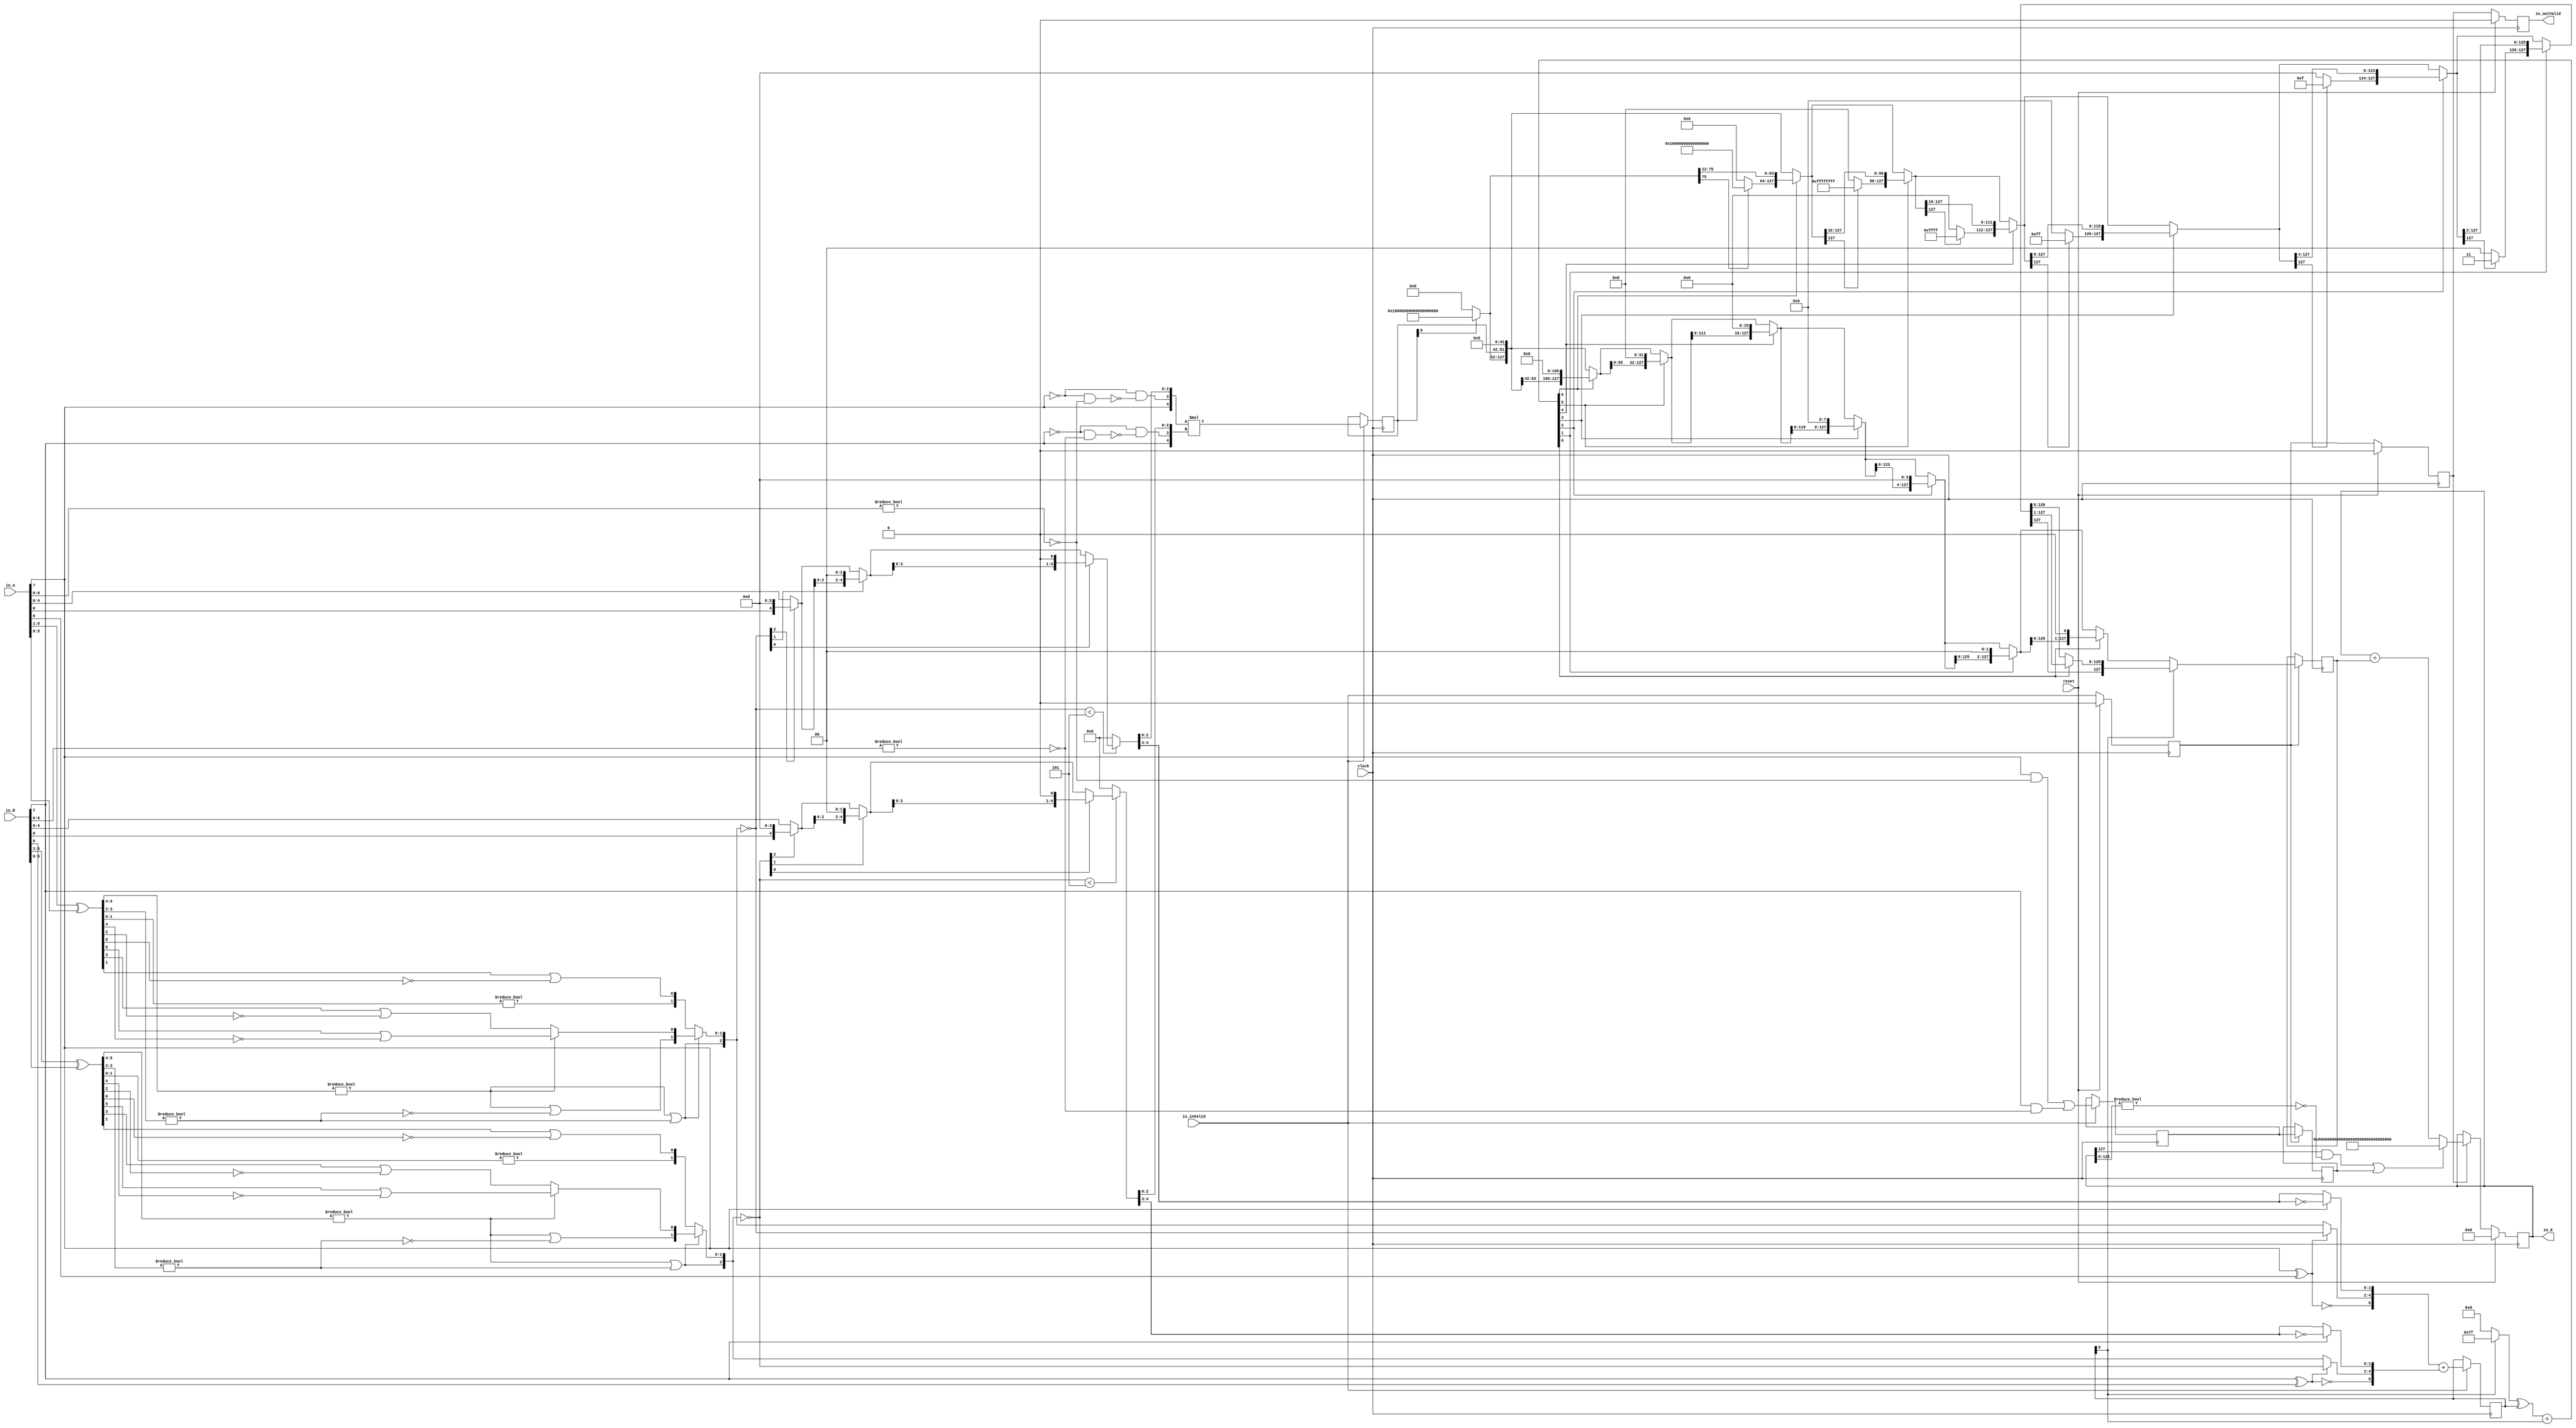
module PositEMA30_8_2(
  input          clock,
  input          reset,
  input          io_inValid,
  input  [7:0]   io_A,
  input  [7:0]   io_B,
  output [127:0] io_E,
  output         io_outValid
);
  wire  _T_1; // @[convert.scala 18:24]
  wire  _T_2; // @[convert.scala 18:40]
  wire  _T_3; // @[convert.scala 18:36]
  wire [5:0] _T_4; // @[convert.scala 19:24]
  wire [5:0] _T_5; // @[convert.scala 19:43]
  wire [5:0] _T_6; // @[convert.scala 19:39]
  wire [3:0] _T_7; // @[LZD.scala 43:32]
  wire [1:0] _T_8; // @[LZD.scala 43:32]
  wire  _T_9; // @[LZD.scala 39:14]
  wire  _T_10; // @[LZD.scala 39:21]
  wire  _T_11; // @[LZD.scala 39:30]
  wire  _T_12; // @[LZD.scala 39:27]
  wire  _T_13; // @[LZD.scala 39:25]
  wire [1:0] _T_14; // @[Cat.scala 29:58]
  wire [1:0] _T_15; // @[LZD.scala 44:32]
  wire  _T_16; // @[LZD.scala 39:14]
  wire  _T_17; // @[LZD.scala 39:21]
  wire  _T_18; // @[LZD.scala 39:30]
  wire  _T_19; // @[LZD.scala 39:27]
  wire  _T_20; // @[LZD.scala 39:25]
  wire [1:0] _T_21; // @[Cat.scala 29:58]
  wire  _T_22; // @[Shift.scala 12:21]
  wire  _T_23; // @[Shift.scala 12:21]
  wire  _T_24; // @[LZD.scala 49:16]
  wire  _T_25; // @[LZD.scala 49:27]
  wire  _T_26; // @[LZD.scala 49:25]
  wire  _T_27; // @[LZD.scala 49:47]
  wire  _T_28; // @[LZD.scala 49:59]
  wire  _T_29; // @[LZD.scala 49:35]
  wire [2:0] _T_31; // @[Cat.scala 29:58]
  wire [1:0] _T_32; // @[LZD.scala 44:32]
  wire  _T_33; // @[LZD.scala 39:14]
  wire  _T_34; // @[LZD.scala 39:21]
  wire  _T_35; // @[LZD.scala 39:30]
  wire  _T_36; // @[LZD.scala 39:27]
  wire  _T_37; // @[LZD.scala 39:25]
  wire [1:0] _T_38; // @[Cat.scala 29:58]
  wire  _T_39; // @[Shift.scala 12:21]
  wire [1:0] _T_41; // @[LZD.scala 55:32]
  wire [1:0] _T_42; // @[LZD.scala 55:20]
  wire [2:0] _T_43; // @[Cat.scala 29:58]
  wire [2:0] _T_44; // @[convert.scala 21:22]
  wire [4:0] _T_45; // @[convert.scala 22:36]
  wire  _T_46; // @[Shift.scala 16:24]
  wire  _T_48; // @[Shift.scala 12:21]
  wire  _T_49; // @[Shift.scala 64:52]
  wire [4:0] _T_51; // @[Cat.scala 29:58]
  wire [4:0] _T_52; // @[Shift.scala 64:27]
  wire [1:0] _T_53; // @[Shift.scala 66:70]
  wire  _T_54; // @[Shift.scala 12:21]
  wire [2:0] _T_55; // @[Shift.scala 64:52]
  wire [4:0] _T_57; // @[Cat.scala 29:58]
  wire [4:0] _T_58; // @[Shift.scala 64:27]
  wire  _T_59; // @[Shift.scala 66:70]
  wire [3:0] _T_61; // @[Shift.scala 64:52]
  wire [4:0] _T_62; // @[Cat.scala 29:58]
  wire [4:0] _T_63; // @[Shift.scala 64:27]
  wire [4:0] _T_64; // @[Shift.scala 16:10]
  wire [1:0] _T_65; // @[convert.scala 23:34]
  wire [2:0] decA_fraction; // @[convert.scala 24:34]
  wire  _T_67; // @[convert.scala 25:26]
  wire [2:0] _T_69; // @[convert.scala 25:42]
  wire [1:0] _T_72; // @[convert.scala 26:67]
  wire [1:0] _T_73; // @[convert.scala 26:51]
  wire [5:0] _T_74; // @[Cat.scala 29:58]
  wire [6:0] _T_76; // @[convert.scala 29:56]
  wire  _T_77; // @[convert.scala 29:60]
  wire  _T_78; // @[convert.scala 29:41]
  wire  decA_isNaR; // @[convert.scala 29:39]
  wire  _T_81; // @[convert.scala 30:19]
  wire  decA_isZero; // @[convert.scala 30:41]
  wire [5:0] decA_scale; // @[convert.scala 32:24]
  wire  _T_90; // @[convert.scala 18:24]
  wire  _T_91; // @[convert.scala 18:40]
  wire  _T_92; // @[convert.scala 18:36]
  wire [5:0] _T_93; // @[convert.scala 19:24]
  wire [5:0] _T_94; // @[convert.scala 19:43]
  wire [5:0] _T_95; // @[convert.scala 19:39]
  wire [3:0] _T_96; // @[LZD.scala 43:32]
  wire [1:0] _T_97; // @[LZD.scala 43:32]
  wire  _T_98; // @[LZD.scala 39:14]
  wire  _T_99; // @[LZD.scala 39:21]
  wire  _T_100; // @[LZD.scala 39:30]
  wire  _T_101; // @[LZD.scala 39:27]
  wire  _T_102; // @[LZD.scala 39:25]
  wire [1:0] _T_103; // @[Cat.scala 29:58]
  wire [1:0] _T_104; // @[LZD.scala 44:32]
  wire  _T_105; // @[LZD.scala 39:14]
  wire  _T_106; // @[LZD.scala 39:21]
  wire  _T_107; // @[LZD.scala 39:30]
  wire  _T_108; // @[LZD.scala 39:27]
  wire  _T_109; // @[LZD.scala 39:25]
  wire [1:0] _T_110; // @[Cat.scala 29:58]
  wire  _T_111; // @[Shift.scala 12:21]
  wire  _T_112; // @[Shift.scala 12:21]
  wire  _T_113; // @[LZD.scala 49:16]
  wire  _T_114; // @[LZD.scala 49:27]
  wire  _T_115; // @[LZD.scala 49:25]
  wire  _T_116; // @[LZD.scala 49:47]
  wire  _T_117; // @[LZD.scala 49:59]
  wire  _T_118; // @[LZD.scala 49:35]
  wire [2:0] _T_120; // @[Cat.scala 29:58]
  wire [1:0] _T_121; // @[LZD.scala 44:32]
  wire  _T_122; // @[LZD.scala 39:14]
  wire  _T_123; // @[LZD.scala 39:21]
  wire  _T_124; // @[LZD.scala 39:30]
  wire  _T_125; // @[LZD.scala 39:27]
  wire  _T_126; // @[LZD.scala 39:25]
  wire [1:0] _T_127; // @[Cat.scala 29:58]
  wire  _T_128; // @[Shift.scala 12:21]
  wire [1:0] _T_130; // @[LZD.scala 55:32]
  wire [1:0] _T_131; // @[LZD.scala 55:20]
  wire [2:0] _T_132; // @[Cat.scala 29:58]
  wire [2:0] _T_133; // @[convert.scala 21:22]
  wire [4:0] _T_134; // @[convert.scala 22:36]
  wire  _T_135; // @[Shift.scala 16:24]
  wire  _T_137; // @[Shift.scala 12:21]
  wire  _T_138; // @[Shift.scala 64:52]
  wire [4:0] _T_140; // @[Cat.scala 29:58]
  wire [4:0] _T_141; // @[Shift.scala 64:27]
  wire [1:0] _T_142; // @[Shift.scala 66:70]
  wire  _T_143; // @[Shift.scala 12:21]
  wire [2:0] _T_144; // @[Shift.scala 64:52]
  wire [4:0] _T_146; // @[Cat.scala 29:58]
  wire [4:0] _T_147; // @[Shift.scala 64:27]
  wire  _T_148; // @[Shift.scala 66:70]
  wire [3:0] _T_150; // @[Shift.scala 64:52]
  wire [4:0] _T_151; // @[Cat.scala 29:58]
  wire [4:0] _T_152; // @[Shift.scala 64:27]
  wire [4:0] _T_153; // @[Shift.scala 16:10]
  wire [1:0] _T_154; // @[convert.scala 23:34]
  wire [2:0] decB_fraction; // @[convert.scala 24:34]
  wire  _T_156; // @[convert.scala 25:26]
  wire [2:0] _T_158; // @[convert.scala 25:42]
  wire [1:0] _T_161; // @[convert.scala 26:67]
  wire [1:0] _T_162; // @[convert.scala 26:51]
  wire [5:0] _T_163; // @[Cat.scala 29:58]
  wire [6:0] _T_165; // @[convert.scala 29:56]
  wire  _T_166; // @[convert.scala 29:60]
  wire  _T_167; // @[convert.scala 29:41]
  wire  decB_isNaR; // @[convert.scala 29:39]
  wire  _T_170; // @[convert.scala 30:19]
  wire  decB_isZero; // @[convert.scala 30:41]
  wire [5:0] decB_scale; // @[convert.scala 32:24]
  wire  outIsNaR; // @[PositEMA.scala 53:29]
  wire [6:0] mulScale; // @[PositEMA.scala 54:35]
  wire  _T_178; // @[PositEMA.scala 55:33]
  wire  _T_179; // @[PositEMA.scala 55:46]
  wire  _T_180; // @[PositEMA.scala 55:44]
  wire [4:0] _T_182; // @[Cat.scala 29:58]
  wire [4:0] sigA; // @[PositEMA.scala 55:75]
  wire  _T_183; // @[PositEMA.scala 56:33]
  wire  _T_184; // @[PositEMA.scala 56:46]
  wire  _T_185; // @[PositEMA.scala 56:44]
  wire [4:0] _T_187; // @[Cat.scala 29:58]
  wire [4:0] sigB; // @[PositEMA.scala 56:75]
  wire [9:0] _T_188; // @[PositEMA.scala 57:24]
  wire [9:0] sigP; // @[PositEMA.scala 57:32]
  reg  inValid_phase2; // @[Valid.scala 117:22]
  reg [31:0] _RAND_0;
  reg  outIsNaR_phase2; // @[Reg.scala 15:16]
  reg [31:0] _RAND_1;
  reg [9:0] mulSig_phase2; // @[Reg.scala 15:16]
  reg [31:0] _RAND_2;
  reg [6:0] mulScale_phase2; // @[Reg.scala 15:16]
  reg [31:0] _RAND_3;
  wire  _T_201; // @[Abs.scala 10:21]
  wire [6:0] _T_203; // @[Bitwise.scala 71:12]
  wire [6:0] _T_204; // @[Abs.scala 10:31]
  wire [6:0] _T_205; // @[Abs.scala 10:26]
  wire [6:0] _GEN_10; // @[Abs.scala 10:39]
  wire [6:0] absScale; // @[Abs.scala 10:39]
  wire  _T_208; // @[PositEMA.scala 77:65]
  wire [75:0] _T_210; // @[Bitwise.scala 71:12]
  wire [127:0] extSig; // @[Cat.scala 29:58]
  wire  _T_215; // @[Shift.scala 12:21]
  wire [63:0] _T_216; // @[Shift.scala 64:52]
  wire [127:0] _T_218; // @[Cat.scala 29:58]
  wire [127:0] _T_219; // @[Shift.scala 64:27]
  wire [5:0] _T_220; // @[Shift.scala 66:70]
  wire  _T_221; // @[Shift.scala 12:21]
  wire [95:0] _T_222; // @[Shift.scala 64:52]
  wire [127:0] _T_224; // @[Cat.scala 29:58]
  wire [127:0] _T_225; // @[Shift.scala 64:27]
  wire [4:0] _T_226; // @[Shift.scala 66:70]
  wire  _T_227; // @[Shift.scala 12:21]
  wire [111:0] _T_228; // @[Shift.scala 64:52]
  wire [127:0] _T_230; // @[Cat.scala 29:58]
  wire [127:0] _T_231; // @[Shift.scala 64:27]
  wire [3:0] _T_232; // @[Shift.scala 66:70]
  wire  _T_233; // @[Shift.scala 12:21]
  wire [119:0] _T_234; // @[Shift.scala 64:52]
  wire [127:0] _T_236; // @[Cat.scala 29:58]
  wire [127:0] _T_237; // @[Shift.scala 64:27]
  wire [2:0] _T_238; // @[Shift.scala 66:70]
  wire  _T_239; // @[Shift.scala 12:21]
  wire [123:0] _T_240; // @[Shift.scala 64:52]
  wire [127:0] _T_242; // @[Cat.scala 29:58]
  wire [127:0] _T_243; // @[Shift.scala 64:27]
  wire [1:0] _T_244; // @[Shift.scala 66:70]
  wire  _T_245; // @[Shift.scala 12:21]
  wire [125:0] _T_246; // @[Shift.scala 64:52]
  wire [127:0] _T_248; // @[Cat.scala 29:58]
  wire [127:0] _T_249; // @[Shift.scala 64:27]
  wire  _T_250; // @[Shift.scala 66:70]
  wire [126:0] _T_252; // @[Shift.scala 64:52]
  wire [127:0] _T_253; // @[Cat.scala 29:58]
  wire  _T_258; // @[Shift.scala 12:21]
  wire [63:0] _T_260; // @[Bitwise.scala 71:12]
  wire [63:0] _T_261; // @[Shift.scala 83:71]
  wire [127:0] _T_262; // @[Cat.scala 29:58]
  wire [127:0] _T_263; // @[Shift.scala 83:22]
  wire  _T_266; // @[Shift.scala 12:21]
  wire [31:0] _T_268; // @[Bitwise.scala 71:12]
  wire [95:0] _T_269; // @[Shift.scala 83:71]
  wire [127:0] _T_270; // @[Cat.scala 29:58]
  wire [127:0] _T_271; // @[Shift.scala 83:22]
  wire  _T_274; // @[Shift.scala 12:21]
  wire [15:0] _T_276; // @[Bitwise.scala 71:12]
  wire [111:0] _T_277; // @[Shift.scala 83:71]
  wire [127:0] _T_278; // @[Cat.scala 29:58]
  wire [127:0] _T_279; // @[Shift.scala 83:22]
  wire  _T_282; // @[Shift.scala 12:21]
  wire [7:0] _T_284; // @[Bitwise.scala 71:12]
  wire [119:0] _T_285; // @[Shift.scala 83:71]
  wire [127:0] _T_286; // @[Cat.scala 29:58]
  wire [127:0] _T_287; // @[Shift.scala 83:22]
  wire  _T_290; // @[Shift.scala 12:21]
  wire [3:0] _T_292; // @[Bitwise.scala 71:12]
  wire [123:0] _T_293; // @[Shift.scala 83:71]
  wire [127:0] _T_294; // @[Cat.scala 29:58]
  wire [127:0] _T_295; // @[Shift.scala 83:22]
  wire  _T_298; // @[Shift.scala 12:21]
  wire [1:0] _T_300; // @[Bitwise.scala 71:12]
  wire [125:0] _T_301; // @[Shift.scala 83:71]
  wire [127:0] _T_302; // @[Cat.scala 29:58]
  wire [127:0] _T_303; // @[Shift.scala 83:22]
  wire  _T_306; // @[Shift.scala 12:21]
  wire [126:0] _T_307; // @[Shift.scala 83:71]
  wire [127:0] _T_308; // @[Cat.scala 29:58]
  reg  inValid_phase3; // @[Valid.scala 117:22]
  reg [31:0] _RAND_4;
  reg  outIsNaR_phase3; // @[Reg.scala 15:16]
  reg [31:0] _RAND_5;
  reg [127:0] shiftSig_phase3; // @[Reg.scala 15:16]
  reg [127:0] _RAND_6;
  reg [127:0] quireReg; // @[PositEMA.scala 104:27]
  reg [127:0] _RAND_7;
  wire  _T_324; // @[PositEMA.scala 105:40]
  wire [126:0] _T_325; // @[PositEMA.scala 105:60]
  wire  _T_326; // @[PositEMA.scala 105:64]
  wire  _T_327; // @[PositEMA.scala 105:46]
  wire  quireIsNaR; // @[PositEMA.scala 105:44]
  wire  _T_329; // @[PositEMA.scala 108:33]
  wire [127:0] _T_332; // @[PositEMA.scala 111:46]
  reg  _T_333; // @[Valid.scala 117:22]
  reg [31:0] _RAND_8;
  assign _T_1 = io_A[7]; // @[convert.scala 18:24]
  assign _T_2 = io_A[6]; // @[convert.scala 18:40]
  assign _T_3 = _T_1 ^ _T_2; // @[convert.scala 18:36]
  assign _T_4 = io_A[6:1]; // @[convert.scala 19:24]
  assign _T_5 = io_A[5:0]; // @[convert.scala 19:43]
  assign _T_6 = _T_4 ^ _T_5; // @[convert.scala 19:39]
  assign _T_7 = _T_6[5:2]; // @[LZD.scala 43:32]
  assign _T_8 = _T_7[3:2]; // @[LZD.scala 43:32]
  assign _T_9 = _T_8 != 2'h0; // @[LZD.scala 39:14]
  assign _T_10 = _T_8[1]; // @[LZD.scala 39:21]
  assign _T_11 = _T_8[0]; // @[LZD.scala 39:30]
  assign _T_12 = ~ _T_11; // @[LZD.scala 39:27]
  assign _T_13 = _T_10 | _T_12; // @[LZD.scala 39:25]
  assign _T_14 = {_T_9,_T_13}; // @[Cat.scala 29:58]
  assign _T_15 = _T_7[1:0]; // @[LZD.scala 44:32]
  assign _T_16 = _T_15 != 2'h0; // @[LZD.scala 39:14]
  assign _T_17 = _T_15[1]; // @[LZD.scala 39:21]
  assign _T_18 = _T_15[0]; // @[LZD.scala 39:30]
  assign _T_19 = ~ _T_18; // @[LZD.scala 39:27]
  assign _T_20 = _T_17 | _T_19; // @[LZD.scala 39:25]
  assign _T_21 = {_T_16,_T_20}; // @[Cat.scala 29:58]
  assign _T_22 = _T_14[1]; // @[Shift.scala 12:21]
  assign _T_23 = _T_21[1]; // @[Shift.scala 12:21]
  assign _T_24 = _T_22 | _T_23; // @[LZD.scala 49:16]
  assign _T_25 = ~ _T_23; // @[LZD.scala 49:27]
  assign _T_26 = _T_22 | _T_25; // @[LZD.scala 49:25]
  assign _T_27 = _T_14[0:0]; // @[LZD.scala 49:47]
  assign _T_28 = _T_21[0:0]; // @[LZD.scala 49:59]
  assign _T_29 = _T_22 ? _T_27 : _T_28; // @[LZD.scala 49:35]
  assign _T_31 = {_T_24,_T_26,_T_29}; // @[Cat.scala 29:58]
  assign _T_32 = _T_6[1:0]; // @[LZD.scala 44:32]
  assign _T_33 = _T_32 != 2'h0; // @[LZD.scala 39:14]
  assign _T_34 = _T_32[1]; // @[LZD.scala 39:21]
  assign _T_35 = _T_32[0]; // @[LZD.scala 39:30]
  assign _T_36 = ~ _T_35; // @[LZD.scala 39:27]
  assign _T_37 = _T_34 | _T_36; // @[LZD.scala 39:25]
  assign _T_38 = {_T_33,_T_37}; // @[Cat.scala 29:58]
  assign _T_39 = _T_31[2]; // @[Shift.scala 12:21]
  assign _T_41 = _T_31[1:0]; // @[LZD.scala 55:32]
  assign _T_42 = _T_39 ? _T_41 : _T_38; // @[LZD.scala 55:20]
  assign _T_43 = {_T_39,_T_42}; // @[Cat.scala 29:58]
  assign _T_44 = ~ _T_43; // @[convert.scala 21:22]
  assign _T_45 = io_A[4:0]; // @[convert.scala 22:36]
  assign _T_46 = _T_44 < 3'h5; // @[Shift.scala 16:24]
  assign _T_48 = _T_44[2]; // @[Shift.scala 12:21]
  assign _T_49 = _T_45[0:0]; // @[Shift.scala 64:52]
  assign _T_51 = {_T_49,4'h0}; // @[Cat.scala 29:58]
  assign _T_52 = _T_48 ? _T_51 : _T_45; // @[Shift.scala 64:27]
  assign _T_53 = _T_44[1:0]; // @[Shift.scala 66:70]
  assign _T_54 = _T_53[1]; // @[Shift.scala 12:21]
  assign _T_55 = _T_52[2:0]; // @[Shift.scala 64:52]
  assign _T_57 = {_T_55,2'h0}; // @[Cat.scala 29:58]
  assign _T_58 = _T_54 ? _T_57 : _T_52; // @[Shift.scala 64:27]
  assign _T_59 = _T_53[0:0]; // @[Shift.scala 66:70]
  assign _T_61 = _T_58[3:0]; // @[Shift.scala 64:52]
  assign _T_62 = {_T_61,1'h0}; // @[Cat.scala 29:58]
  assign _T_63 = _T_59 ? _T_62 : _T_58; // @[Shift.scala 64:27]
  assign _T_64 = _T_46 ? _T_63 : 5'h0; // @[Shift.scala 16:10]
  assign _T_65 = _T_64[4:3]; // @[convert.scala 23:34]
  assign decA_fraction = _T_64[2:0]; // @[convert.scala 24:34]
  assign _T_67 = _T_3 == 1'h0; // @[convert.scala 25:26]
  assign _T_69 = _T_3 ? _T_44 : _T_43; // @[convert.scala 25:42]
  assign _T_72 = ~ _T_65; // @[convert.scala 26:67]
  assign _T_73 = _T_1 ? _T_72 : _T_65; // @[convert.scala 26:51]
  assign _T_74 = {_T_67,_T_69,_T_73}; // @[Cat.scala 29:58]
  assign _T_76 = io_A[6:0]; // @[convert.scala 29:56]
  assign _T_77 = _T_76 != 7'h0; // @[convert.scala 29:60]
  assign _T_78 = ~ _T_77; // @[convert.scala 29:41]
  assign decA_isNaR = _T_1 & _T_78; // @[convert.scala 29:39]
  assign _T_81 = _T_1 == 1'h0; // @[convert.scala 30:19]
  assign decA_isZero = _T_81 & _T_78; // @[convert.scala 30:41]
  assign decA_scale = $signed(_T_74); // @[convert.scala 32:24]
  assign _T_90 = io_B[7]; // @[convert.scala 18:24]
  assign _T_91 = io_B[6]; // @[convert.scala 18:40]
  assign _T_92 = _T_90 ^ _T_91; // @[convert.scala 18:36]
  assign _T_93 = io_B[6:1]; // @[convert.scala 19:24]
  assign _T_94 = io_B[5:0]; // @[convert.scala 19:43]
  assign _T_95 = _T_93 ^ _T_94; // @[convert.scala 19:39]
  assign _T_96 = _T_95[5:2]; // @[LZD.scala 43:32]
  assign _T_97 = _T_96[3:2]; // @[LZD.scala 43:32]
  assign _T_98 = _T_97 != 2'h0; // @[LZD.scala 39:14]
  assign _T_99 = _T_97[1]; // @[LZD.scala 39:21]
  assign _T_100 = _T_97[0]; // @[LZD.scala 39:30]
  assign _T_101 = ~ _T_100; // @[LZD.scala 39:27]
  assign _T_102 = _T_99 | _T_101; // @[LZD.scala 39:25]
  assign _T_103 = {_T_98,_T_102}; // @[Cat.scala 29:58]
  assign _T_104 = _T_96[1:0]; // @[LZD.scala 44:32]
  assign _T_105 = _T_104 != 2'h0; // @[LZD.scala 39:14]
  assign _T_106 = _T_104[1]; // @[LZD.scala 39:21]
  assign _T_107 = _T_104[0]; // @[LZD.scala 39:30]
  assign _T_108 = ~ _T_107; // @[LZD.scala 39:27]
  assign _T_109 = _T_106 | _T_108; // @[LZD.scala 39:25]
  assign _T_110 = {_T_105,_T_109}; // @[Cat.scala 29:58]
  assign _T_111 = _T_103[1]; // @[Shift.scala 12:21]
  assign _T_112 = _T_110[1]; // @[Shift.scala 12:21]
  assign _T_113 = _T_111 | _T_112; // @[LZD.scala 49:16]
  assign _T_114 = ~ _T_112; // @[LZD.scala 49:27]
  assign _T_115 = _T_111 | _T_114; // @[LZD.scala 49:25]
  assign _T_116 = _T_103[0:0]; // @[LZD.scala 49:47]
  assign _T_117 = _T_110[0:0]; // @[LZD.scala 49:59]
  assign _T_118 = _T_111 ? _T_116 : _T_117; // @[LZD.scala 49:35]
  assign _T_120 = {_T_113,_T_115,_T_118}; // @[Cat.scala 29:58]
  assign _T_121 = _T_95[1:0]; // @[LZD.scala 44:32]
  assign _T_122 = _T_121 != 2'h0; // @[LZD.scala 39:14]
  assign _T_123 = _T_121[1]; // @[LZD.scala 39:21]
  assign _T_124 = _T_121[0]; // @[LZD.scala 39:30]
  assign _T_125 = ~ _T_124; // @[LZD.scala 39:27]
  assign _T_126 = _T_123 | _T_125; // @[LZD.scala 39:25]
  assign _T_127 = {_T_122,_T_126}; // @[Cat.scala 29:58]
  assign _T_128 = _T_120[2]; // @[Shift.scala 12:21]
  assign _T_130 = _T_120[1:0]; // @[LZD.scala 55:32]
  assign _T_131 = _T_128 ? _T_130 : _T_127; // @[LZD.scala 55:20]
  assign _T_132 = {_T_128,_T_131}; // @[Cat.scala 29:58]
  assign _T_133 = ~ _T_132; // @[convert.scala 21:22]
  assign _T_134 = io_B[4:0]; // @[convert.scala 22:36]
  assign _T_135 = _T_133 < 3'h5; // @[Shift.scala 16:24]
  assign _T_137 = _T_133[2]; // @[Shift.scala 12:21]
  assign _T_138 = _T_134[0:0]; // @[Shift.scala 64:52]
  assign _T_140 = {_T_138,4'h0}; // @[Cat.scala 29:58]
  assign _T_141 = _T_137 ? _T_140 : _T_134; // @[Shift.scala 64:27]
  assign _T_142 = _T_133[1:0]; // @[Shift.scala 66:70]
  assign _T_143 = _T_142[1]; // @[Shift.scala 12:21]
  assign _T_144 = _T_141[2:0]; // @[Shift.scala 64:52]
  assign _T_146 = {_T_144,2'h0}; // @[Cat.scala 29:58]
  assign _T_147 = _T_143 ? _T_146 : _T_141; // @[Shift.scala 64:27]
  assign _T_148 = _T_142[0:0]; // @[Shift.scala 66:70]
  assign _T_150 = _T_147[3:0]; // @[Shift.scala 64:52]
  assign _T_151 = {_T_150,1'h0}; // @[Cat.scala 29:58]
  assign _T_152 = _T_148 ? _T_151 : _T_147; // @[Shift.scala 64:27]
  assign _T_153 = _T_135 ? _T_152 : 5'h0; // @[Shift.scala 16:10]
  assign _T_154 = _T_153[4:3]; // @[convert.scala 23:34]
  assign decB_fraction = _T_153[2:0]; // @[convert.scala 24:34]
  assign _T_156 = _T_92 == 1'h0; // @[convert.scala 25:26]
  assign _T_158 = _T_92 ? _T_133 : _T_132; // @[convert.scala 25:42]
  assign _T_161 = ~ _T_154; // @[convert.scala 26:67]
  assign _T_162 = _T_90 ? _T_161 : _T_154; // @[convert.scala 26:51]
  assign _T_163 = {_T_156,_T_158,_T_162}; // @[Cat.scala 29:58]
  assign _T_165 = io_B[6:0]; // @[convert.scala 29:56]
  assign _T_166 = _T_165 != 7'h0; // @[convert.scala 29:60]
  assign _T_167 = ~ _T_166; // @[convert.scala 29:41]
  assign decB_isNaR = _T_90 & _T_167; // @[convert.scala 29:39]
  assign _T_170 = _T_90 == 1'h0; // @[convert.scala 30:19]
  assign decB_isZero = _T_170 & _T_167; // @[convert.scala 30:41]
  assign decB_scale = $signed(_T_163); // @[convert.scala 32:24]
  assign outIsNaR = decA_isNaR | decB_isNaR; // @[PositEMA.scala 53:29]
  assign mulScale = $signed(decA_scale) + $signed(decB_scale); // @[PositEMA.scala 54:35]
  assign _T_178 = ~ _T_1; // @[PositEMA.scala 55:33]
  assign _T_179 = ~ decA_isZero; // @[PositEMA.scala 55:46]
  assign _T_180 = _T_178 & _T_179; // @[PositEMA.scala 55:44]
  assign _T_182 = {_T_1,_T_180,decA_fraction}; // @[Cat.scala 29:58]
  assign sigA = $signed(_T_182); // @[PositEMA.scala 55:75]
  assign _T_183 = ~ _T_90; // @[PositEMA.scala 56:33]
  assign _T_184 = ~ decB_isZero; // @[PositEMA.scala 56:46]
  assign _T_185 = _T_183 & _T_184; // @[PositEMA.scala 56:44]
  assign _T_187 = {_T_90,_T_185,decB_fraction}; // @[Cat.scala 29:58]
  assign sigB = $signed(_T_187); // @[PositEMA.scala 56:75]
  assign _T_188 = $signed(sigA) * $signed(sigB); // @[PositEMA.scala 57:24]
  assign sigP = $unsigned(_T_188); // @[PositEMA.scala 57:32]
  assign _T_201 = mulScale_phase2[6:6]; // @[Abs.scala 10:21]
  assign _T_203 = _T_201 ? 7'h7f : 7'h0; // @[Bitwise.scala 71:12]
  assign _T_204 = $unsigned(mulScale_phase2); // @[Abs.scala 10:31]
  assign _T_205 = _T_203 ^ _T_204; // @[Abs.scala 10:26]
  assign _GEN_10 = {{6'd0}, _T_201}; // @[Abs.scala 10:39]
  assign absScale = _T_205 + _GEN_10; // @[Abs.scala 10:39]
  assign _T_208 = mulSig_phase2[9:9]; // @[PositEMA.scala 77:65]
  assign _T_210 = _T_208 ? 76'hfffffffffffffffffff : 76'h0; // @[Bitwise.scala 71:12]
  assign extSig = {_T_210,mulSig_phase2,42'h0}; // @[Cat.scala 29:58]
  assign _T_215 = absScale[6]; // @[Shift.scala 12:21]
  assign _T_216 = extSig[63:0]; // @[Shift.scala 64:52]
  assign _T_218 = {_T_216,64'h0}; // @[Cat.scala 29:58]
  assign _T_219 = _T_215 ? _T_218 : extSig; // @[Shift.scala 64:27]
  assign _T_220 = absScale[5:0]; // @[Shift.scala 66:70]
  assign _T_221 = _T_220[5]; // @[Shift.scala 12:21]
  assign _T_222 = _T_219[95:0]; // @[Shift.scala 64:52]
  assign _T_224 = {_T_222,32'h0}; // @[Cat.scala 29:58]
  assign _T_225 = _T_221 ? _T_224 : _T_219; // @[Shift.scala 64:27]
  assign _T_226 = _T_220[4:0]; // @[Shift.scala 66:70]
  assign _T_227 = _T_226[4]; // @[Shift.scala 12:21]
  assign _T_228 = _T_225[111:0]; // @[Shift.scala 64:52]
  assign _T_230 = {_T_228,16'h0}; // @[Cat.scala 29:58]
  assign _T_231 = _T_227 ? _T_230 : _T_225; // @[Shift.scala 64:27]
  assign _T_232 = _T_226[3:0]; // @[Shift.scala 66:70]
  assign _T_233 = _T_232[3]; // @[Shift.scala 12:21]
  assign _T_234 = _T_231[119:0]; // @[Shift.scala 64:52]
  assign _T_236 = {_T_234,8'h0}; // @[Cat.scala 29:58]
  assign _T_237 = _T_233 ? _T_236 : _T_231; // @[Shift.scala 64:27]
  assign _T_238 = _T_232[2:0]; // @[Shift.scala 66:70]
  assign _T_239 = _T_238[2]; // @[Shift.scala 12:21]
  assign _T_240 = _T_237[123:0]; // @[Shift.scala 64:52]
  assign _T_242 = {_T_240,4'h0}; // @[Cat.scala 29:58]
  assign _T_243 = _T_239 ? _T_242 : _T_237; // @[Shift.scala 64:27]
  assign _T_244 = _T_238[1:0]; // @[Shift.scala 66:70]
  assign _T_245 = _T_244[1]; // @[Shift.scala 12:21]
  assign _T_246 = _T_243[125:0]; // @[Shift.scala 64:52]
  assign _T_248 = {_T_246,2'h0}; // @[Cat.scala 29:58]
  assign _T_249 = _T_245 ? _T_248 : _T_243; // @[Shift.scala 64:27]
  assign _T_250 = _T_244[0:0]; // @[Shift.scala 66:70]
  assign _T_252 = _T_249[126:0]; // @[Shift.scala 64:52]
  assign _T_253 = {_T_252,1'h0}; // @[Cat.scala 29:58]
  assign _T_258 = extSig[127]; // @[Shift.scala 12:21]
  assign _T_260 = _T_258 ? 64'hffffffffffffffff : 64'h0; // @[Bitwise.scala 71:12]
  assign _T_261 = extSig[127:64]; // @[Shift.scala 83:71]
  assign _T_262 = {_T_260,_T_261}; // @[Cat.scala 29:58]
  assign _T_263 = _T_215 ? _T_262 : extSig; // @[Shift.scala 83:22]
  assign _T_266 = _T_263[127]; // @[Shift.scala 12:21]
  assign _T_268 = _T_266 ? 32'hffffffff : 32'h0; // @[Bitwise.scala 71:12]
  assign _T_269 = _T_263[127:32]; // @[Shift.scala 83:71]
  assign _T_270 = {_T_268,_T_269}; // @[Cat.scala 29:58]
  assign _T_271 = _T_221 ? _T_270 : _T_263; // @[Shift.scala 83:22]
  assign _T_274 = _T_271[127]; // @[Shift.scala 12:21]
  assign _T_276 = _T_274 ? 16'hffff : 16'h0; // @[Bitwise.scala 71:12]
  assign _T_277 = _T_271[127:16]; // @[Shift.scala 83:71]
  assign _T_278 = {_T_276,_T_277}; // @[Cat.scala 29:58]
  assign _T_279 = _T_227 ? _T_278 : _T_271; // @[Shift.scala 83:22]
  assign _T_282 = _T_279[127]; // @[Shift.scala 12:21]
  assign _T_284 = _T_282 ? 8'hff : 8'h0; // @[Bitwise.scala 71:12]
  assign _T_285 = _T_279[127:8]; // @[Shift.scala 83:71]
  assign _T_286 = {_T_284,_T_285}; // @[Cat.scala 29:58]
  assign _T_287 = _T_233 ? _T_286 : _T_279; // @[Shift.scala 83:22]
  assign _T_290 = _T_287[127]; // @[Shift.scala 12:21]
  assign _T_292 = _T_290 ? 4'hf : 4'h0; // @[Bitwise.scala 71:12]
  assign _T_293 = _T_287[127:4]; // @[Shift.scala 83:71]
  assign _T_294 = {_T_292,_T_293}; // @[Cat.scala 29:58]
  assign _T_295 = _T_239 ? _T_294 : _T_287; // @[Shift.scala 83:22]
  assign _T_298 = _T_295[127]; // @[Shift.scala 12:21]
  assign _T_300 = _T_298 ? 2'h3 : 2'h0; // @[Bitwise.scala 71:12]
  assign _T_301 = _T_295[127:2]; // @[Shift.scala 83:71]
  assign _T_302 = {_T_300,_T_301}; // @[Cat.scala 29:58]
  assign _T_303 = _T_245 ? _T_302 : _T_295; // @[Shift.scala 83:22]
  assign _T_306 = _T_303[127]; // @[Shift.scala 12:21]
  assign _T_307 = _T_303[127:1]; // @[Shift.scala 83:71]
  assign _T_308 = {_T_306,_T_307}; // @[Cat.scala 29:58]
  assign _T_324 = quireReg[127:127]; // @[PositEMA.scala 105:40]
  assign _T_325 = quireReg[126:0]; // @[PositEMA.scala 105:60]
  assign _T_326 = _T_325 != 127'h0; // @[PositEMA.scala 105:64]
  assign _T_327 = _T_326 == 1'h0; // @[PositEMA.scala 105:46]
  assign quireIsNaR = _T_324 & _T_327; // @[PositEMA.scala 105:44]
  assign _T_329 = quireIsNaR | outIsNaR_phase3; // @[PositEMA.scala 108:33]
  assign _T_332 = quireReg + shiftSig_phase3; // @[PositEMA.scala 111:46]
  assign io_E = quireReg; // @[PositEMA.scala 120:15]
  assign io_outValid = _T_333; // @[PositEMA.scala 119:15]
`ifdef RANDOMIZE_GARBAGE_ASSIGN
`define RANDOMIZE
`endif
`ifdef RANDOMIZE_INVALID_ASSIGN
`define RANDOMIZE
`endif
`ifdef RANDOMIZE_REG_INIT
`define RANDOMIZE
`endif
`ifdef RANDOMIZE_MEM_INIT
`define RANDOMIZE
`endif
`ifndef RANDOM
`define RANDOM $random
`endif
`ifdef RANDOMIZE_MEM_INIT
  integer initvar;
`endif
initial begin
  `ifdef RANDOMIZE
    `ifdef INIT_RANDOM
      `INIT_RANDOM
    `endif
    `ifndef VERILATOR
      `ifdef RANDOMIZE_DELAY
        #`RANDOMIZE_DELAY begin end
      `else
        #0.002 begin end
      `endif
    `endif
  `ifdef RANDOMIZE_REG_INIT
  _RAND_0 = {1{`RANDOM}};
  inValid_phase2 = _RAND_0[0:0];
  `endif // RANDOMIZE_REG_INIT
  `ifdef RANDOMIZE_REG_INIT
  _RAND_1 = {1{`RANDOM}};
  outIsNaR_phase2 = _RAND_1[0:0];
  `endif // RANDOMIZE_REG_INIT
  `ifdef RANDOMIZE_REG_INIT
  _RAND_2 = {1{`RANDOM}};
  mulSig_phase2 = _RAND_2[9:0];
  `endif // RANDOMIZE_REG_INIT
  `ifdef RANDOMIZE_REG_INIT
  _RAND_3 = {1{`RANDOM}};
  mulScale_phase2 = _RAND_3[6:0];
  `endif // RANDOMIZE_REG_INIT
  `ifdef RANDOMIZE_REG_INIT
  _RAND_4 = {1{`RANDOM}};
  inValid_phase3 = _RAND_4[0:0];
  `endif // RANDOMIZE_REG_INIT
  `ifdef RANDOMIZE_REG_INIT
  _RAND_5 = {1{`RANDOM}};
  outIsNaR_phase3 = _RAND_5[0:0];
  `endif // RANDOMIZE_REG_INIT
  `ifdef RANDOMIZE_REG_INIT
  _RAND_6 = {4{`RANDOM}};
  shiftSig_phase3 = _RAND_6[127:0];
  `endif // RANDOMIZE_REG_INIT
  `ifdef RANDOMIZE_REG_INIT
  _RAND_7 = {4{`RANDOM}};
  quireReg = _RAND_7[127:0];
  `endif // RANDOMIZE_REG_INIT
  `ifdef RANDOMIZE_REG_INIT
  _RAND_8 = {1{`RANDOM}};
  _T_333 = _RAND_8[0:0];
  `endif // RANDOMIZE_REG_INIT
  `endif // RANDOMIZE
end
  always @(posedge clock) begin
    if (reset) begin
      inValid_phase2 <= 1'h0;
    end else begin
      inValid_phase2 <= io_inValid;
    end
    if (io_inValid) begin
      outIsNaR_phase2 <= outIsNaR;
    end
    if (io_inValid) begin
      mulSig_phase2 <= sigP;
    end
    if (io_inValid) begin
      mulScale_phase2 <= mulScale;
    end
    if (reset) begin
      inValid_phase3 <= 1'h0;
    end else begin
      inValid_phase3 <= inValid_phase2;
    end
    if (inValid_phase2) begin
      outIsNaR_phase3 <= outIsNaR_phase2;
    end
    if (inValid_phase2) begin
      if (_T_201) begin
        if (_T_250) begin
          shiftSig_phase3 <= _T_308;
        end else begin
          if (_T_245) begin
            shiftSig_phase3 <= _T_302;
          end else begin
            if (_T_239) begin
              shiftSig_phase3 <= _T_294;
            end else begin
              if (_T_233) begin
                shiftSig_phase3 <= _T_286;
              end else begin
                if (_T_227) begin
                  shiftSig_phase3 <= _T_278;
                end else begin
                  if (_T_221) begin
                    shiftSig_phase3 <= _T_270;
                  end else begin
                    if (_T_215) begin
                      shiftSig_phase3 <= _T_262;
                    end else begin
                      shiftSig_phase3 <= extSig;
                    end
                  end
                end
              end
            end
          end
        end
      end else begin
        if (_T_250) begin
          shiftSig_phase3 <= _T_253;
        end else begin
          if (_T_245) begin
            shiftSig_phase3 <= _T_248;
          end else begin
            if (_T_239) begin
              shiftSig_phase3 <= _T_242;
            end else begin
              if (_T_233) begin
                shiftSig_phase3 <= _T_236;
              end else begin
                if (_T_227) begin
                  shiftSig_phase3 <= _T_230;
                end else begin
                  if (_T_221) begin
                    shiftSig_phase3 <= _T_224;
                  end else begin
                    if (_T_215) begin
                      shiftSig_phase3 <= _T_218;
                    end else begin
                      shiftSig_phase3 <= extSig;
                    end
                  end
                end
              end
            end
          end
        end
      end
    end
    if (reset) begin
      quireReg <= 128'h0;
    end else begin
      if (inValid_phase3) begin
        if (_T_329) begin
          quireReg <= 128'h80000000000000000000000000000000;
        end else begin
          quireReg <= _T_332;
        end
      end
    end
    if (reset) begin
      _T_333 <= 1'h0;
    end else begin
      _T_333 <= inValid_phase3;
    end
  end
endmodule